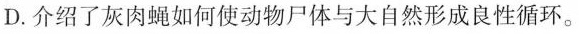
D. 介绍了灰肉蝇如何使动物尸体与大自然形成良性循环。